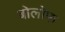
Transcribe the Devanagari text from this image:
बोलोफ